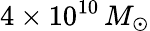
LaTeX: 4\times 10^{10}\, M_{\odot}